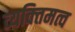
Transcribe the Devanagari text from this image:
व्यक्‍तिमत्व